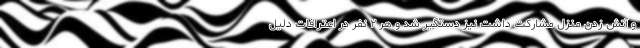
و آتش زدن منزل مشارکت داشت نیز دستگیر شد و هر ۲ نفر در اعترافات دلیل